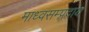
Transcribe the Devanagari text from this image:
माध्वसम्प्रदाय